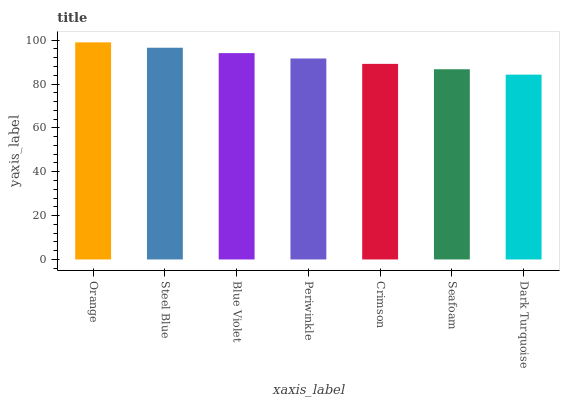
| xaxis_label | bars |
 | --- | --- |
 | Orange | 99 |
 | Steel Blue | 96.5 |
 | Blue Violet | 94.1 |
 | Periwinkle | 91.6 |
 | Crimson | 89.2 |
 | Seafoam | 86.7 |
 | Dark Turquoise | 84.3 |